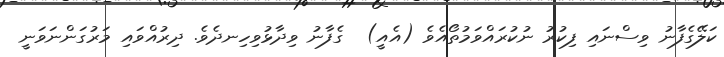
ކަލޭގެފާނު ވިސްނައި ފިކުރު ނުކުރައްވަމުތޯއެވެ (އެއީ)  ގެފާނު ވިދާޅުވިހިނދެވެ. ދިރުއްވައި މަރުގަންނަވަނީ